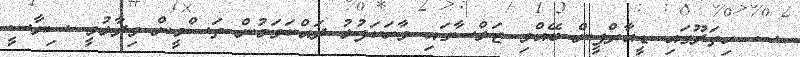
ސ. ހިތަދޫގައި ޑީއާރްޕީން ބޭއްވި ޖަލްސާގައި ވާހަކަފުޅު ދައްކަވަމުން ތަސްމީން ވިދާޅުވީ ސިޔާސީ